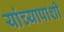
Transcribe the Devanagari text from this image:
यांच्यापाशी